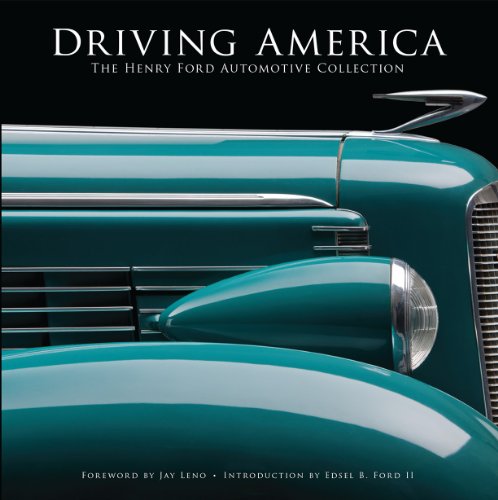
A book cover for Driving America: The Henry Ford Automotive Collection; Casey and Anderson; Engineering & Transportation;